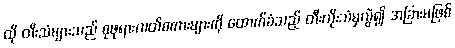
ထို တီးသံများသည် စုဖုရားလတ်စကားများကို ထောက်ခံသည့် တီးတိုးသံမှလွဲ၍ အခြားမဖြစ်